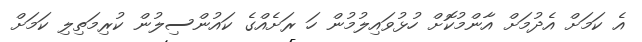
އެ ކަމަށް އެދުމަށް އާންމުކޮށް ހުޅުވައިލުމުން ހަ ރަށެއްގެ ކައުންސިލުން ކުރިމަތިލި ކަމަށް